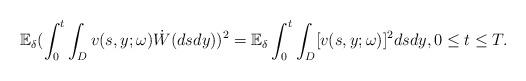
LaTeX: \begin{align*}\mathbb E_{\delta} (\int_0^t\int_D v(s,y;\omega)\dot{W}(dsdy))^2 =\mathbb E_{\delta} \int_0^t\int_D [v(s,y;\omega)]^2dsdy,0\leq t\leq T. \end{align*}